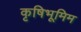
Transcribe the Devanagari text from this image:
कृषिभूमिम